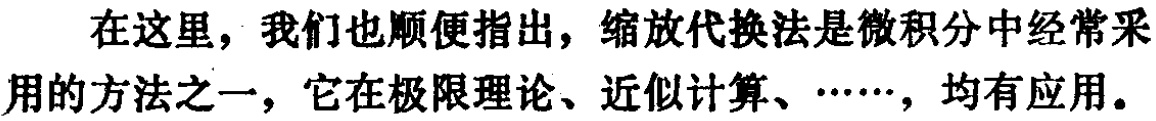
在这里，我们也顺便指出，缩放代换法是微积分中经常采用的方法之一，它在极限理论、近似计算、……，均有应用。